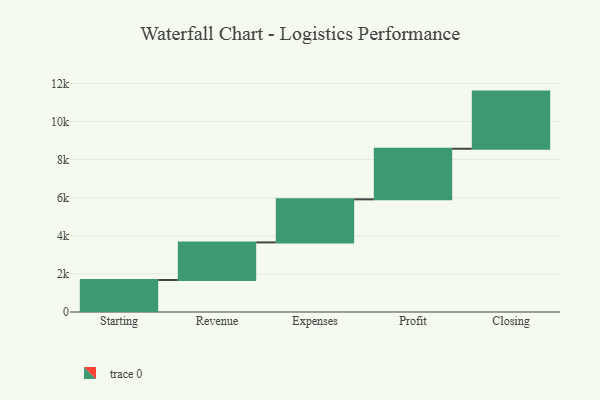
{"axis": {"x": "Step", "y": "Value"}, "legend": [""], "data": [{"x": "Starting", "y": 1679.0, "type": ""}, {"x": "Revenue", "y": 1974.0, "type": ""}, {"x": "Expenses", "y": 2261.0, "type": ""}, {"x": "Profit", "y": 2655.0, "type": ""}, {"x": "Closing", "y": 3000, "type": ""}]}